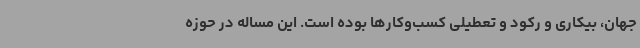
جهان، بیکاری و رکود و تعطیلی کسب‌وکارها بوده است. این مساله در حوزه